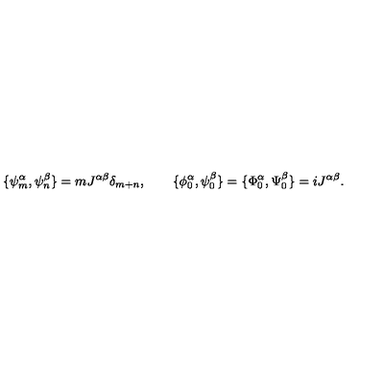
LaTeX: \{ \psi _ { m } ^ { \alpha } , \psi _ { n } ^ { \beta } \} = m J ^ { \alpha \beta } \delta _ { m + n } , \qquad \{ \phi _ { 0 } ^ { \alpha } , \psi _ { 0 } ^ { \beta } \} = \{ \Phi _ { 0 } ^ { \alpha } , \Psi _ { 0 } ^ { \beta } \} = i J ^ { \alpha \beta } .